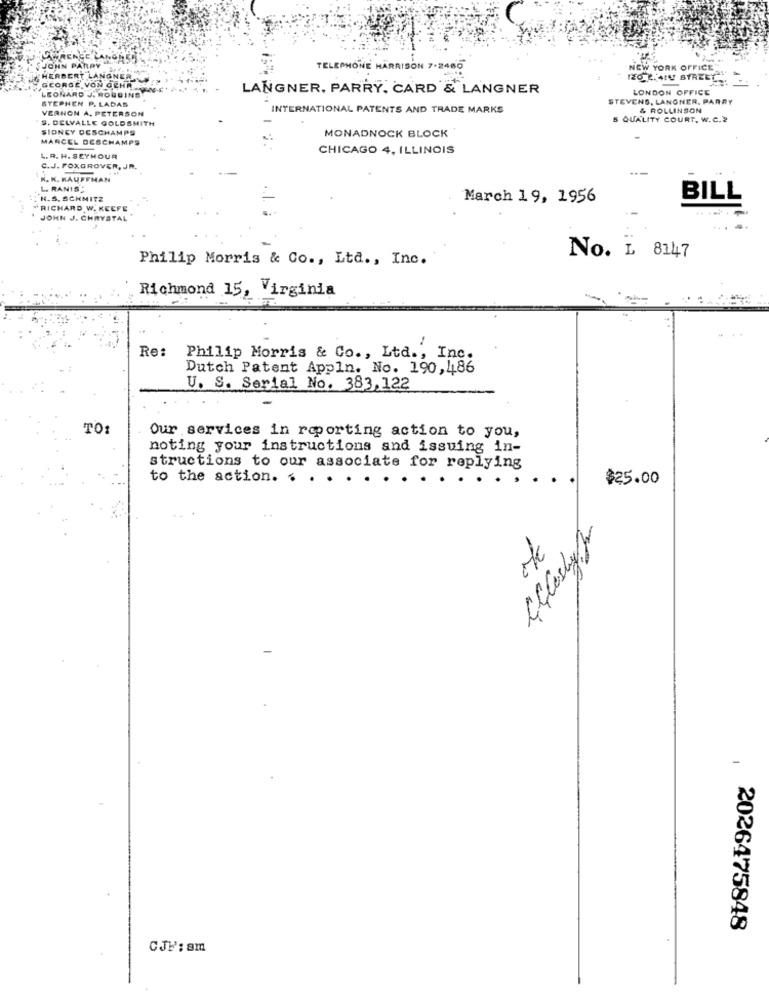
LAWRENCE LANGESOL
JOHN PARRY
TELEPHONE HARRISON 7-2480
NEW YORK OFFICE
HERBERT LANGNER
IZO LAIU STREET
GEORGE VON OCHA. S.
LEONARD J. ROUDINS
LANGNER, PARRY. CARD & LANGNER
LONDON OFFICE
STEPHEN P. LADAS
STEVENS, LANGNER. PARRY
VERNON A. PETERSON
INTERNATIONAL PATENTS AND TRADE MARKS
& ROLLINSON
S. DELVALLE GOLDSMITH
5 QUALITY COURT, W.C.2
SIDNEY DESCHAMPS
MONADNOCK BLOCK
MARCEL DESCHAMPS
CHICAGO 4, ILLINOIS
L. R. H. SEYMOUR
C.J. FOXGROVER, JR.
---
N. K. KAUFFMAN
L. RANIS
N.S. SCHMITZ
March 19, 1956
BILL
RICHARD W. KEEFE
JOHN J. CHRYSTAL
Philip Morris & Co ., Ltd ., Inc.
No. L 8147
Richmond 15, Virginia
Re:
Philip Morris & Co ., Ltd ., Inc.
Dutch Patent Appln. No. 190,486
U. S. Serial No. 383,122
TO:
Our services in reporting action to you,
noting your instructions and issuing in-
structions to our associate for replying
to the action. $
$25.00
2026475848
CJF: sm